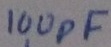
Text: 100pF